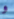
و